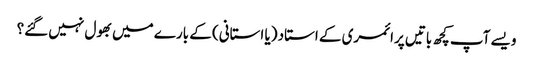
ویسے آپ کچھ باتیں پرائمری کے استاد (یا استانی) کے بارے میں بھول نہیں گئے؟